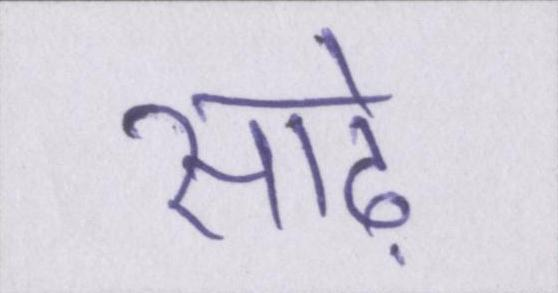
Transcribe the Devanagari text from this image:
साढ़े